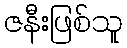
ဇနီးဖြစ်သူ